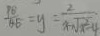
\frac { P Q } { Q E } = y = \frac { 2 } { x - \sqrt { x ^ { 2 } - 4 } }